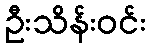
ဦးသိန်းဝင်း